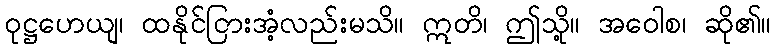
ဝုဋ္ဌဟေယျ၊ ထနိုင်ငြားအံ့လည်းမသိ။ ဣတိ၊ ဤသို့။ အဝေါစ၊ ဆို၏။